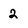
Character: 2